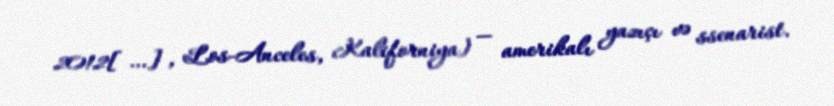
2012[…], Los-Anceles, Kaliforniya) — amerikalı yazıçı və ssenarist.